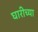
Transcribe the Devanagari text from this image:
घारीच्या